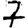
Digit: 7